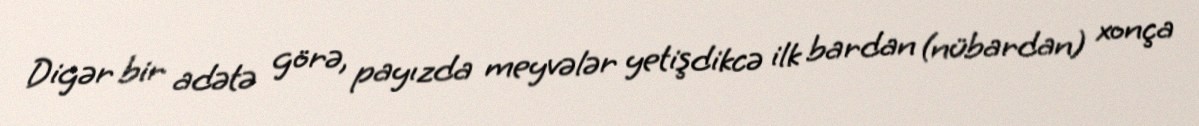
Digər bir adətə görə, payızda meyvələr yetişdikcə ilk bardan (nübardan) xonça